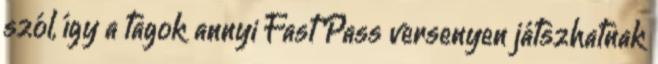
szól, így a tagok annyi Fast Pass versenyen játszhatnak